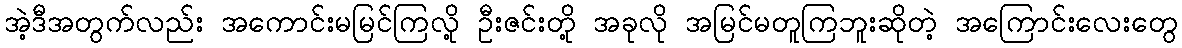
အဲ့ဒီအတွက်လည်း အကောင်းမမြင်ကြလို့ ဦးဇင်းတို့ အခုလို အမြင်မတူကြဘူးဆိုတဲ့ အကြောင်းလေးတွေ